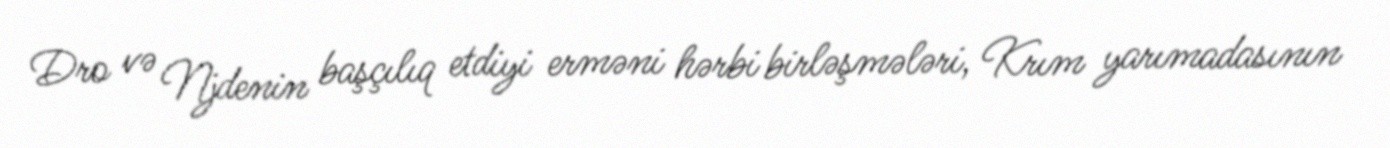
Dro və Njdenin başçılıq etdiyi erməni hərbi birləşmələri, Krım yarımadasının